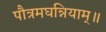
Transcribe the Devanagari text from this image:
पौत्रमघन्नियाम्॥